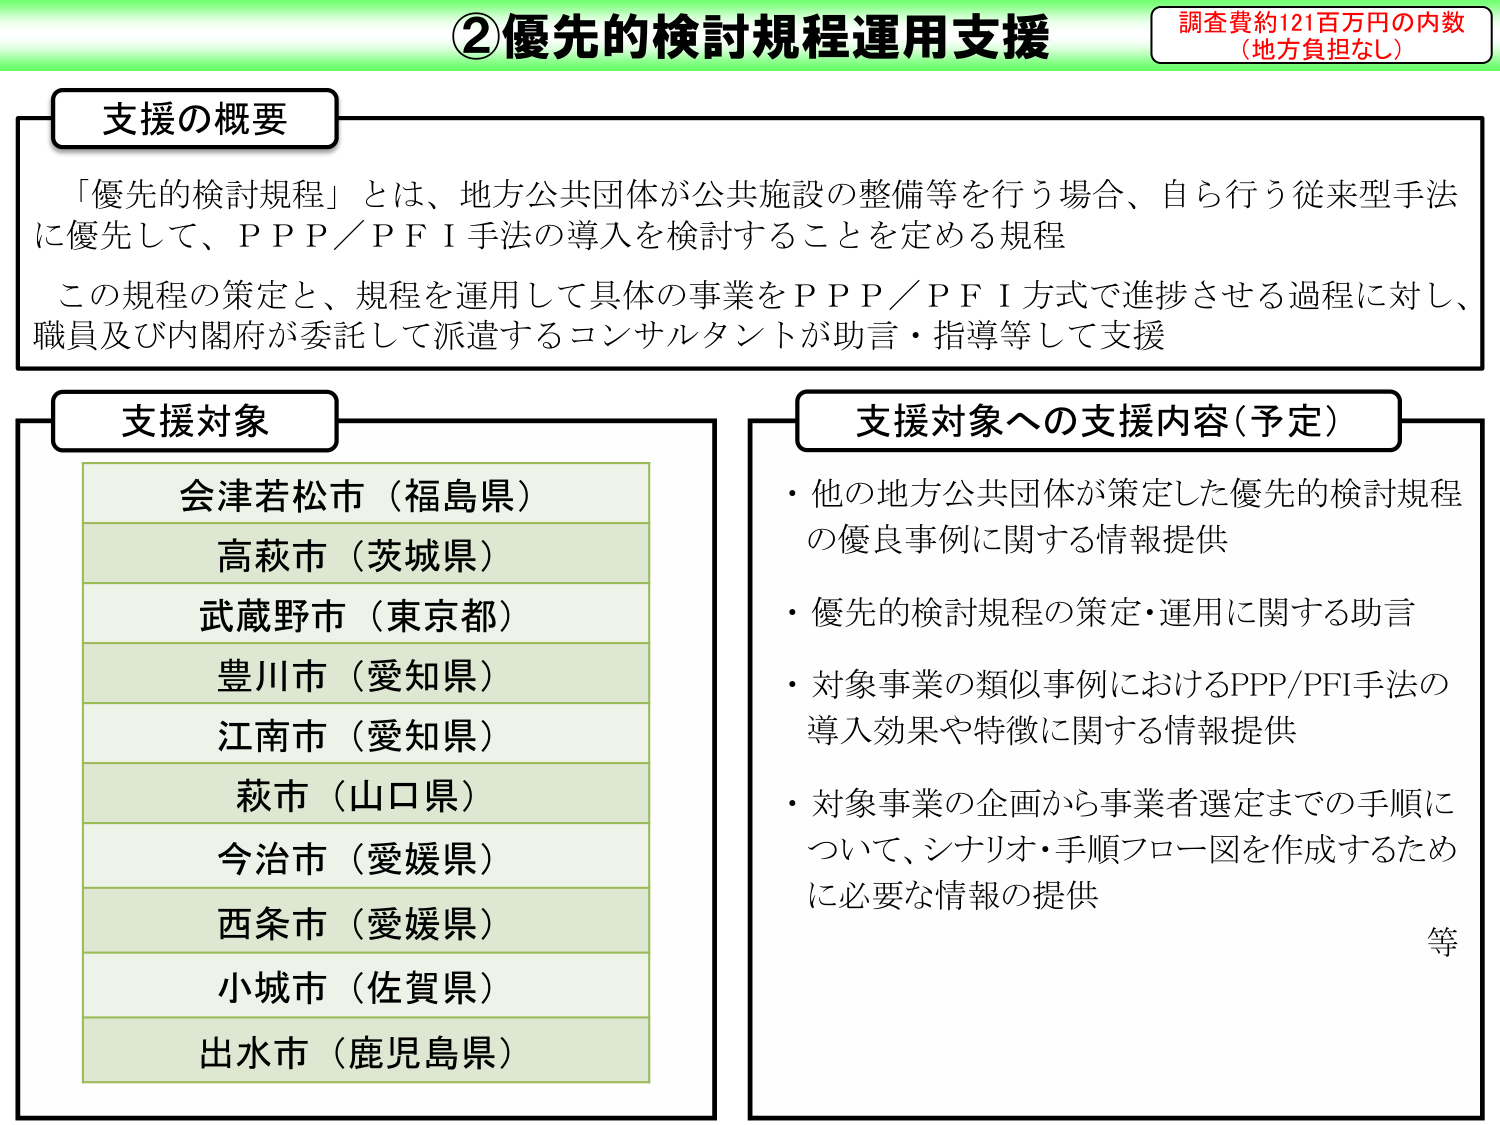
②優先的検討規程運用支援
調査費約121百万円の内数
（地方負担なし）

支援の概要
「優先的検討規程」とは、地方公共団体が公共施設の整備等を行う場合、自ら行う従来型手法に優先して、ＰＰＰ／ＰＦＩ手法の導入を検討することを定める規程
この規程の策定と、規程を運用して具体の事業をＰＰＰ／ＰＦＩ方式で進捗させる過程に対し、職員及び内閣府が委託して派遣するコンサルタントが助言・指導等して支援

支援対象
会津若松市（福島県）
高萩市（茨城県）
武蔵野市（東京都）
豊川市（愛知県）
江南市（愛知県）
萩市（山口県）
今治市（愛媛県）
西条市（愛媛県）
小城市（佐賀県）
出水市（鹿児島県）

支援対象への支援内容（予定）
・他の地方公共団体が策定した優先的検討規程の優良事例に関する情報提供
・優先的検討規程の策定・運用に関する助言
・対象事業の類似事例におけるPPP/PFI手法の導入効果や特徴に関する情報提供
・対象事業の企画から事業者選定までの手順について、シナリオ・手順フロー図を作成するために必要な情報の提供
等